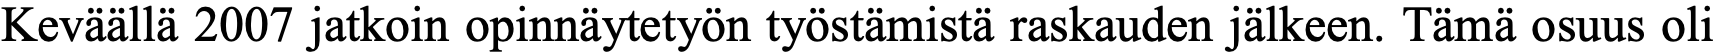
Keväällä 2007 jatkoin opinnäytetyön työstämistä raskauden jälkeen. Tämä osuus oli